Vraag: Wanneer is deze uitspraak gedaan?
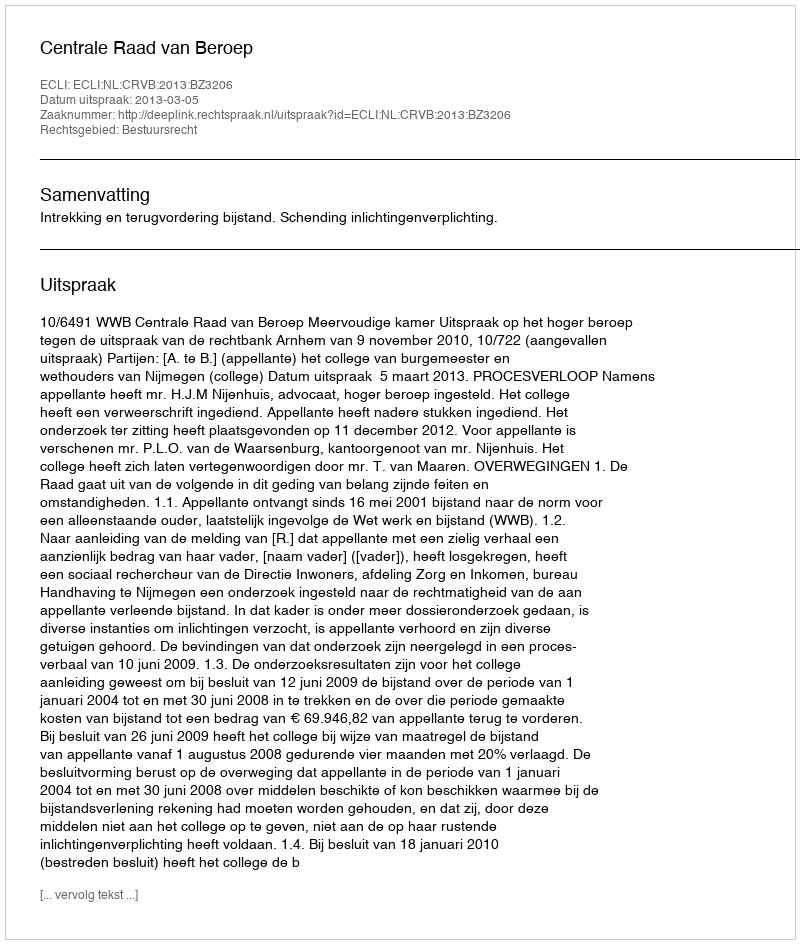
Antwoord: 2013-03-05